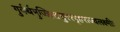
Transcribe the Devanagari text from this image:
गुर्वर्थमुज्झितसुरस्पृहराज्यलक्ष्मीः